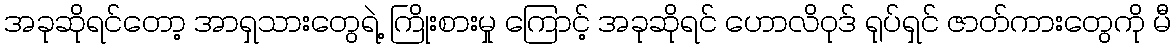
အခုဆိုရင်တော့ အာရှသားတွေရဲ့ ကြိုးစားမှု ကြောင့် အခုဆိုရင် ဟောလိဝုဒ် ရုပ်ရှင် ဇာတ်ကားတွေကို မီ